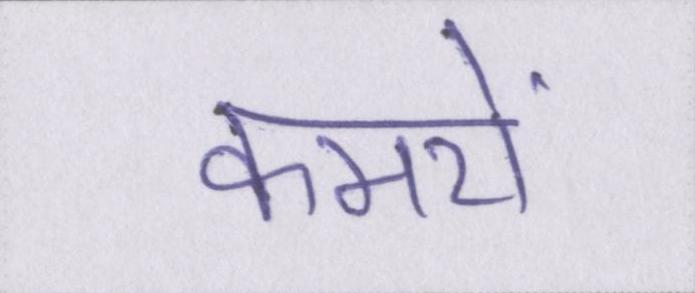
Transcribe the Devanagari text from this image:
कमरों